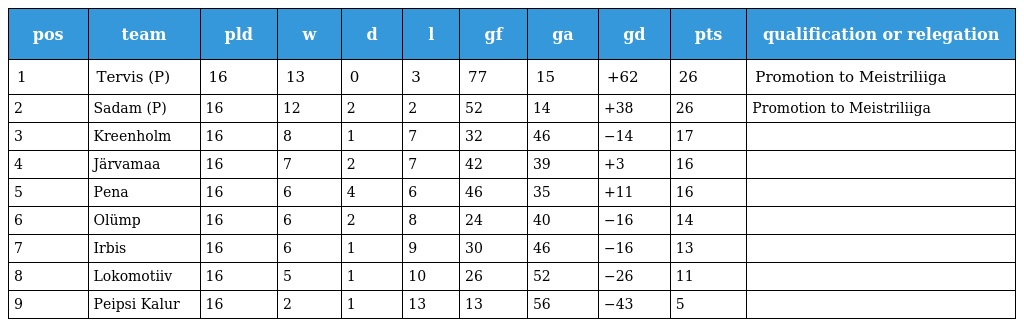
| pos | team | pld | w | d | l | gf | ga | gd | pts | qualification or relegation |
 | --- | --- | --- | --- | --- | --- | --- | --- | --- | --- | --- |
 | 1 | Tervis (P) | 16 | 13 | 0 | 3 | 77 | 15 | +62 | 26 | Promotion to Meistriliiga |
 | 2 | Sadam (P) | 16 | 12 | 2 | 2 | 52 | 14 | +38 | 26 | Promotion to Meistriliiga |
 | 3 | Kreenholm | 16 | 8 | 1 | 7 | 32 | 46 | −14 | 17 |  |
 | 4 | Järvamaa | 16 | 7 | 2 | 7 | 42 | 39 | +3 | 16 |  |
 | 5 | Pena | 16 | 6 | 4 | 6 | 46 | 35 | +11 | 16 |  |
 | 6 | Olümp | 16 | 6 | 2 | 8 | 24 | 40 | −16 | 14 |  |
 | 7 | Irbis | 16 | 6 | 1 | 9 | 30 | 46 | −16 | 13 |  |
 | 8 | Lokomotiiv | 16 | 5 | 1 | 10 | 26 | 52 | −26 | 11 |  |
 | 9 | Peipsi Kalur | 16 | 2 | 1 | 13 | 13 | 56 | −43 | 5 |  |